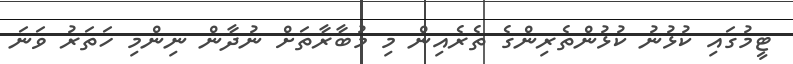
ޓީމުގައި ކުޅުނު ކުޅުންތެރިންގެ ތެރެއިން މި މުބާރާތަށް ނުދާން ނިންމި ހަތަރު ވަނަ